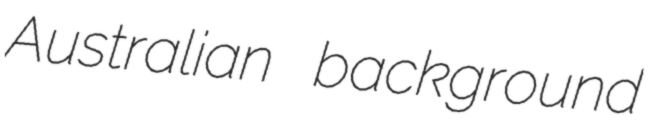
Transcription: Australian background